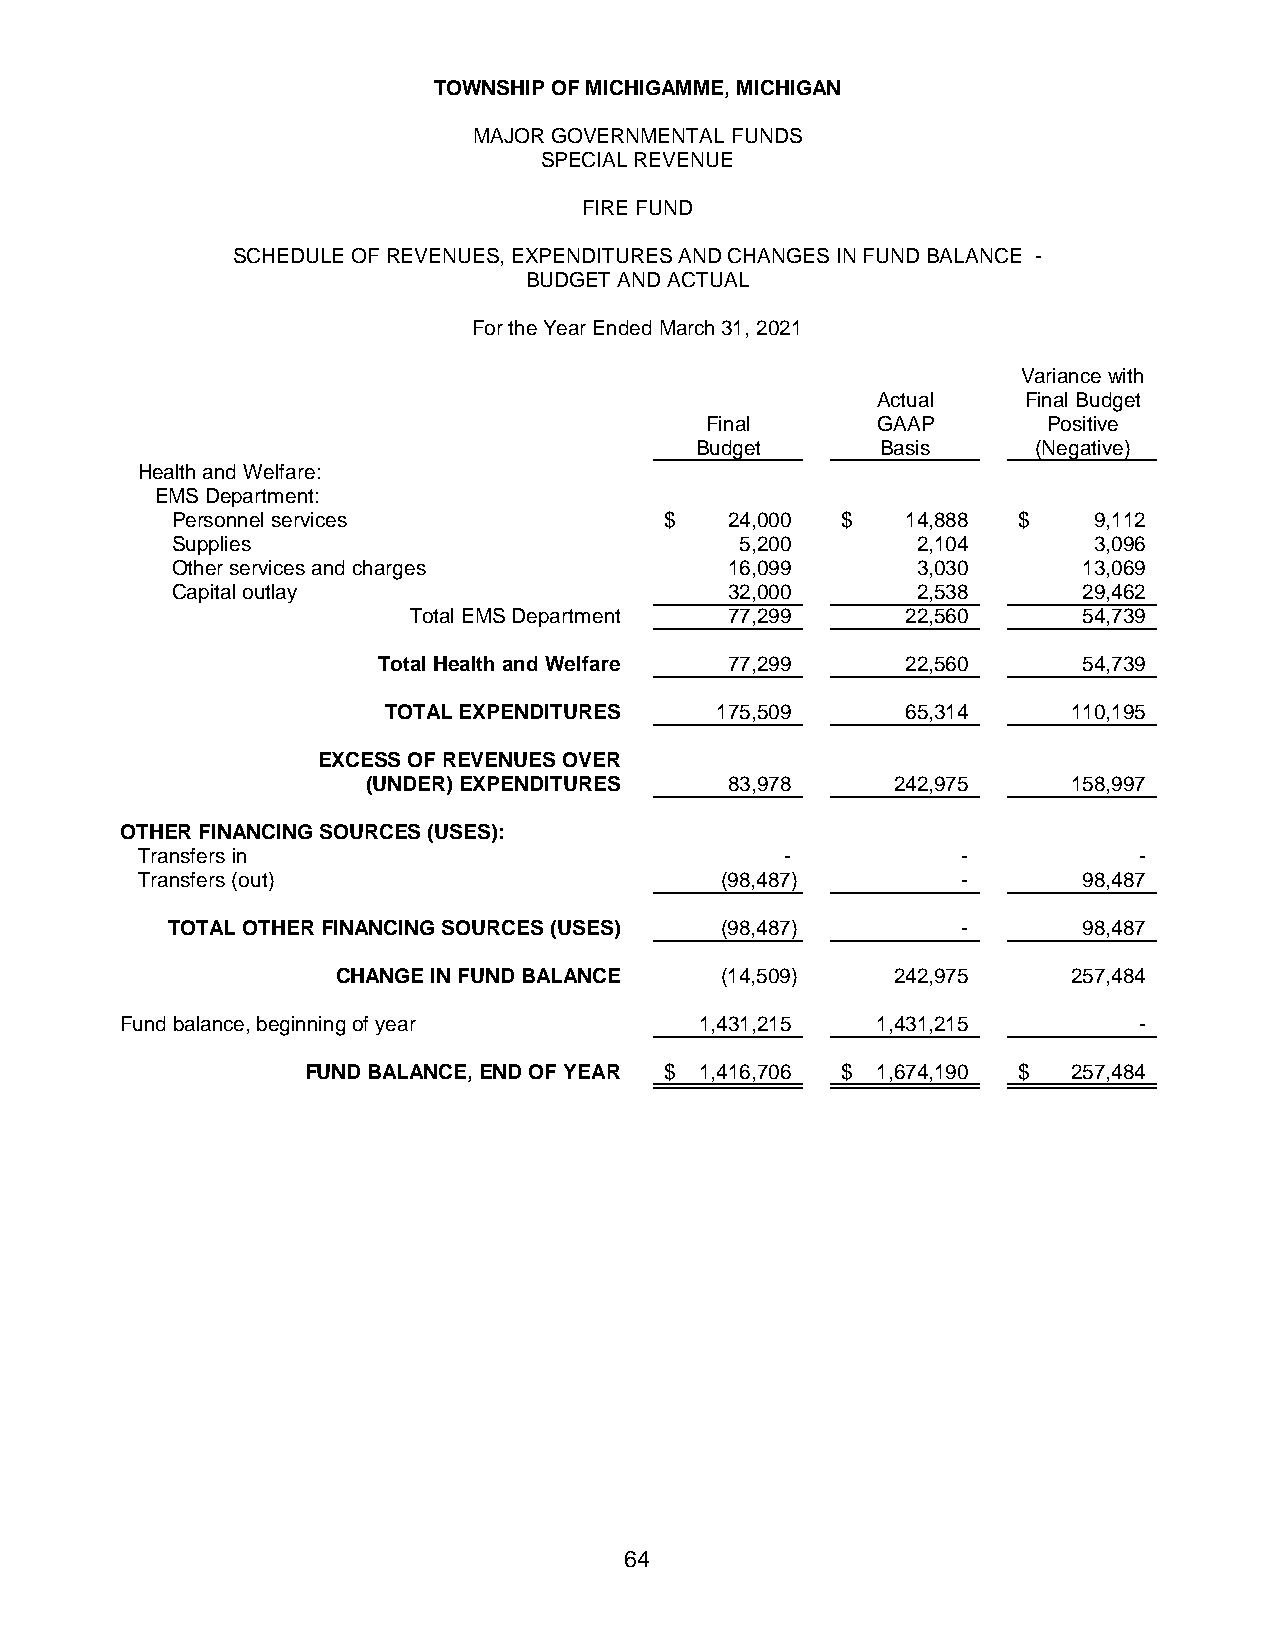
TOWNSHIP OF MICHIGAMME, MICHIGAN
 MAJOR GOVERNMENTAL FUNDS
 SPECIAL REVENUE
 FIRE FUND
 SCHEDULE OF REVENUES, EXPENDITURES AND CHANGES IN FUND BALANCE -
 BUDGET AND ACTUAL
 For the Year Ended March 31, 2021
 Variance with
 Actual    Final Budget
 Final      GAAP       Positive
 Budget      Basis      (Negative)
 Health and Welfare:
 EMS Department:
 Personnel services               $   24,000  $   14,888 $    9,112
 Supplies                              5,200       2,104      3,096
 Other services and charges           16,099       3,030      13,069
 Capital outlay                       32,000       2,538      29,462
 Total EMS Department 77,299      22,560      54,739
 Total Health and Welfare 77,299    22,560      54,739
 TOTAL EXPENDITURES    175,509      65,314     110,195
 EXCESS OF REVENUES OVER
 (UNDER) EXPENDITURES    83,978     242,975     158,997
 OTHER FINANCING SOURCES (USES):
 Transfers in                               -           -          -
 Transfers (out)                        ( 98,487)       -       98,487
 TOTAL OTHER FINANCING SOURCES (USES) ( 98,487)       -       98,487
 CHANGE IN FUND BALANCE    ( 14,509)  242,975     257,484
 Fund balance, beginning of year       1,431,215   1,431,215        -
 FUND BALANCE, END OF YEAR $ 1,416,706 $ 1,674,190 $ 257,484
 64